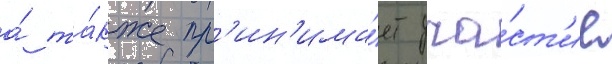
а́ та́кже пр'ин'има́ет уча́ст'ие